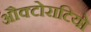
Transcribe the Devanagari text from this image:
औक्टोराटियो